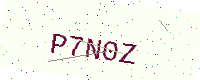
Text: P7N0Z